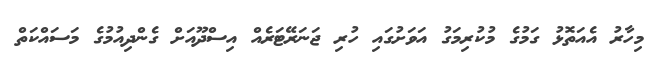
މިހާރު އެއަތޮޅު ގަމުގެ މުކުރިމަގު އަވަށުގައި ހުރި ޖަނަރޭޓަރެއް އިސްދޫއަށް ގެންދިއުމުގެ މަސައްކަތް